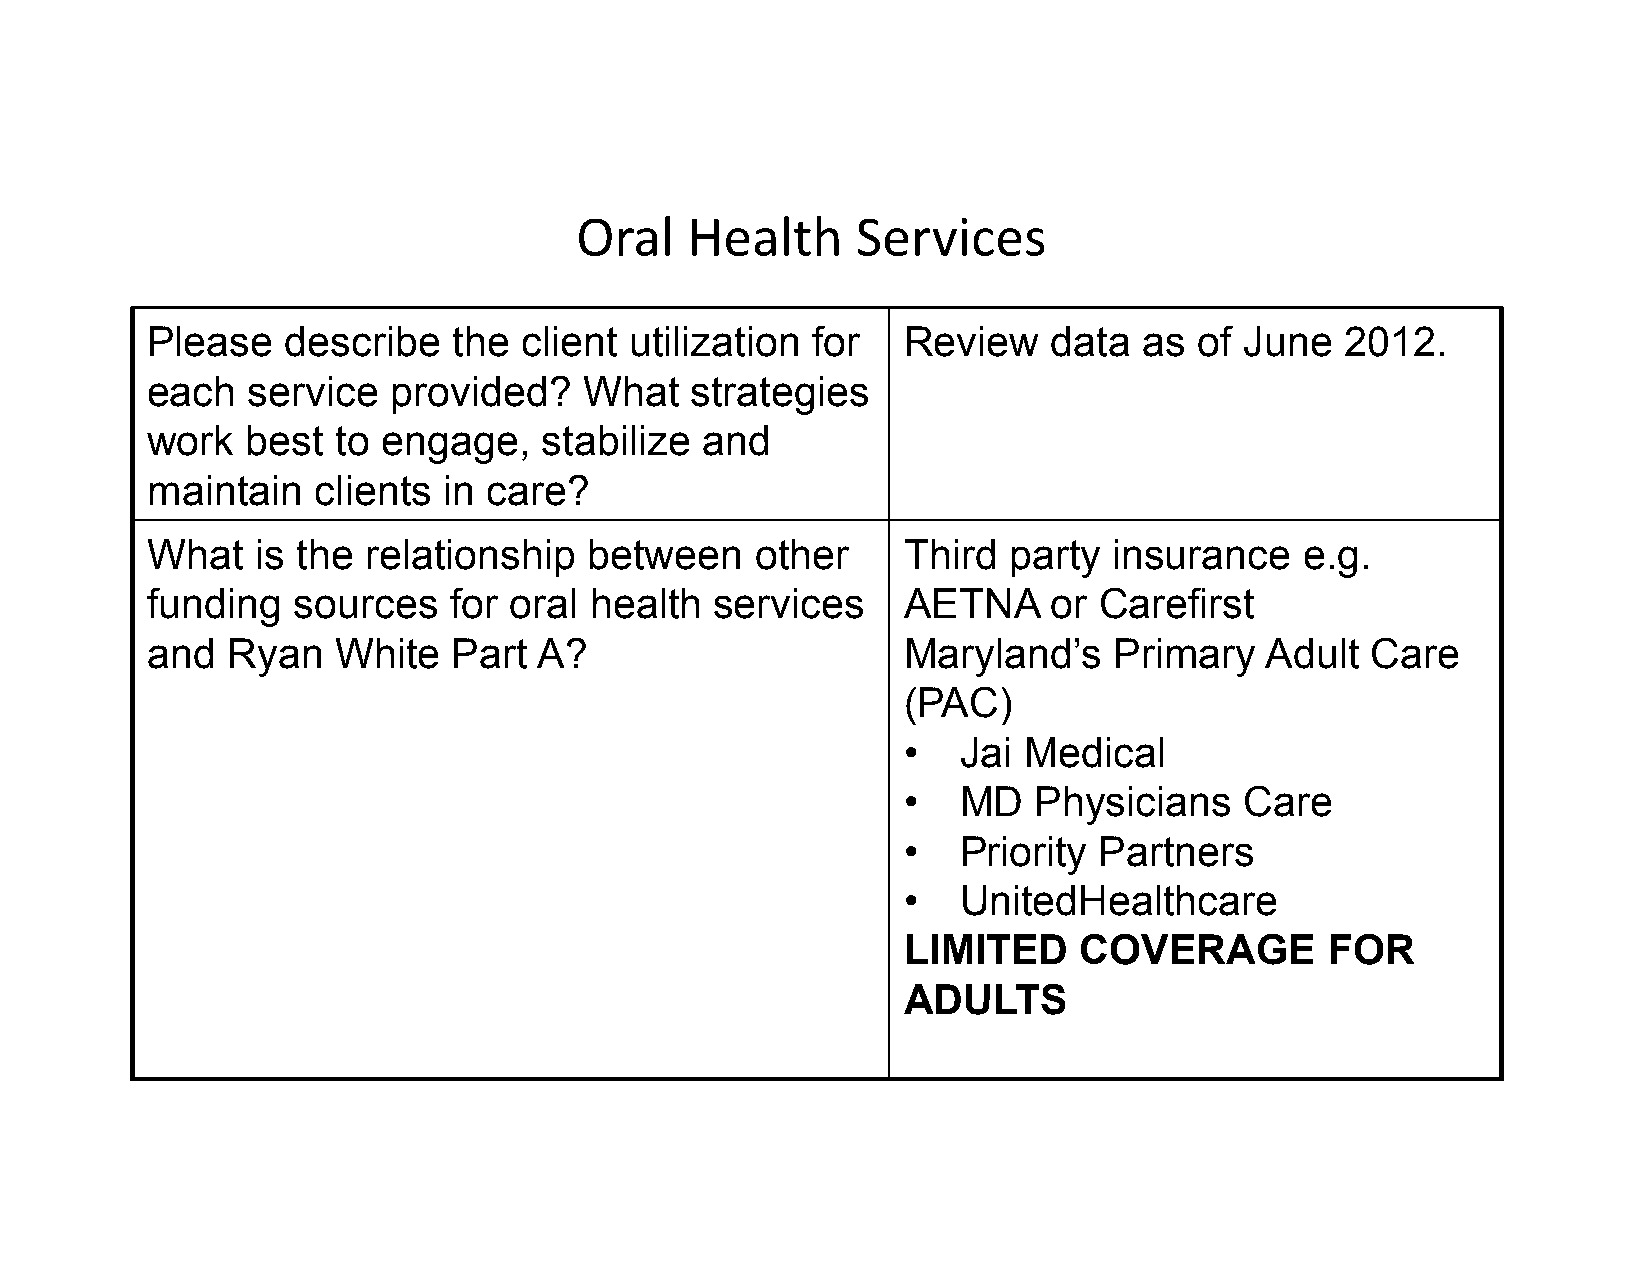
Oral   Health      Services
 Please   describe   the client  utilization for   Review    data  as of June   2012.
 each  service   provided?    What   strategies
 work  best  to engage,    stabilize and
 maintain   clients in care?
 What   is the relationship   between    other     Third  party  insurance   e.g.
 funding  sources    for oral health  services     AETNA     or Carefirst
 and  Ryan   White   Part  A?                      Maryland’s    Primary   Adult  Care
 (PAC)
 •  Jai  Medical
 •  MD   Physicians    Care
 •  Priority  Partners
 •  UnitedHealthcare
 LIMITED    COVERAGE         FOR
 ADULTS